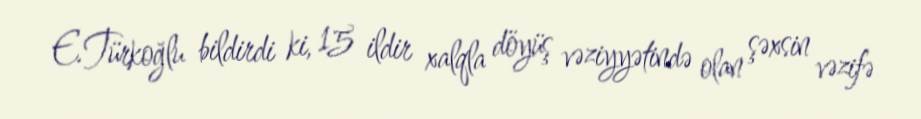
E.Türkoğlu bildirdi ki, 15 ildir xalqla döyüş vəziyyətində olan şəxsin vəzifə